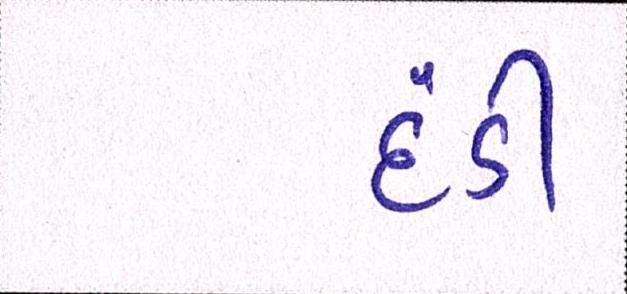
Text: દંડી